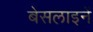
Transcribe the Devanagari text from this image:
बेसलाइनें